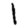
Digit: 1